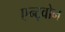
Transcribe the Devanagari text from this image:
एन्ट्वोन